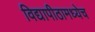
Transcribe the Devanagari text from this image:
विद्यापीठामध्येच